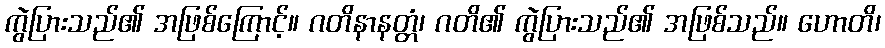
ကွဲပြားသည်၏ အဖြစ်ကြောင့်။ ဂတိနာနတ္တံ၊ ဂတိ၏ ကွဲပြားသည်၏ အဖြစ်သည်။ ဟောတိ၊